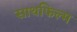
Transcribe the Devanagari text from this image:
साथफिल्म